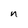
Character: n